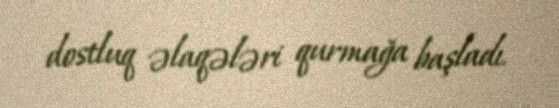
dostluq əlaqələri qurmağa başladı.